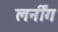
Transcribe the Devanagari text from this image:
लर्नींग